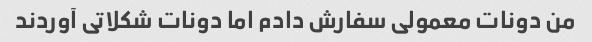
من دونات معمولی سفارش دادم اما دونات شکلاتی آوردند